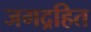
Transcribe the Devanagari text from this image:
जगद्रहित